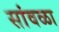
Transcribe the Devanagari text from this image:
सांवळा